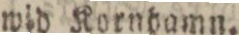
wid Kornhamn.